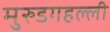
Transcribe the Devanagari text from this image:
मुरुडगहल्ली